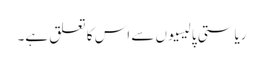
ریاستی پالیسیوں سے اس کا تعلق ہے۔